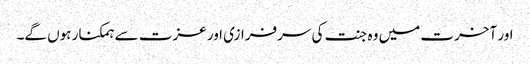
اور آخرت میں وہ جنت کی سرفرازی اور عزت سے ہمکنار ہوں گے۔